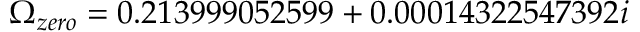
\Omega _ { z e r o } = 0 . 2 1 3 9 9 9 0 5 2 5 9 9 + 0 . 0 0 0 1 4 3 2 2 5 4 7 3 9 2 i